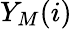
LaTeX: Y_{M}(i)